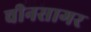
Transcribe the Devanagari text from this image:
चीनसागर